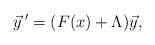
LaTeX: \begin{align*} {\vec y}\,' = (F(x) + \Lambda) \vec y, \end{align*}